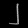
Digit: ၂